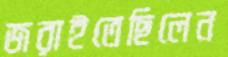
জরাইতেছিলেন